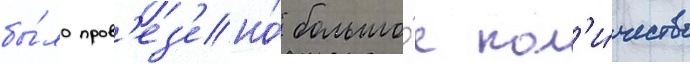
бы́ло пров'ез'ено́ большо́е кол'и́чество